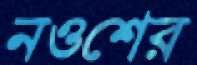
নওশের